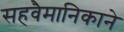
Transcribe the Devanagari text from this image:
सहवैमानिकाने